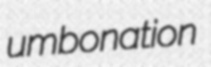
umbonation